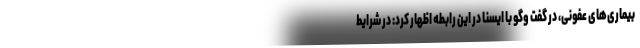
بیماری‌های عفونی، در گفت وگو با ایسنا در این رابطه اظهار کرد: در شرایط